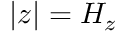
| z | = H _ { z }